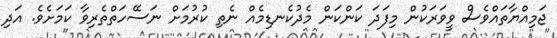
ޖަމިއްޔާތައްވެސް ވީވަރަކުން މިފަދަ ކަންކަން މެދުކެނޑިމެއް ނެތި ކުރުމަށް ނަސޭހަތްތެރިވާ ކަމަށެވެ. އަދި